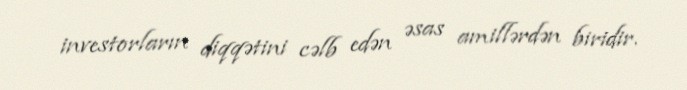
investorların diqqətini cəlb edən əsas amillərdən biridir.